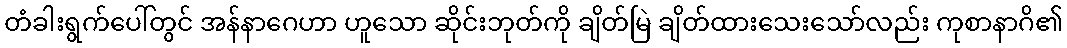
တံခါးရွက်ပေါ်တွင် အန်နာဂေဟာ ဟူသော ဆိုင်းဘုတ်ကို ချိတ်မြဲ ချိတ်ထားသေးသော်လည်း ကုစာနာဂိ၏